Triennial report on the lunatic asylums in the province of Eastern Bengal and Assam - 1903-1911
Year: 1903
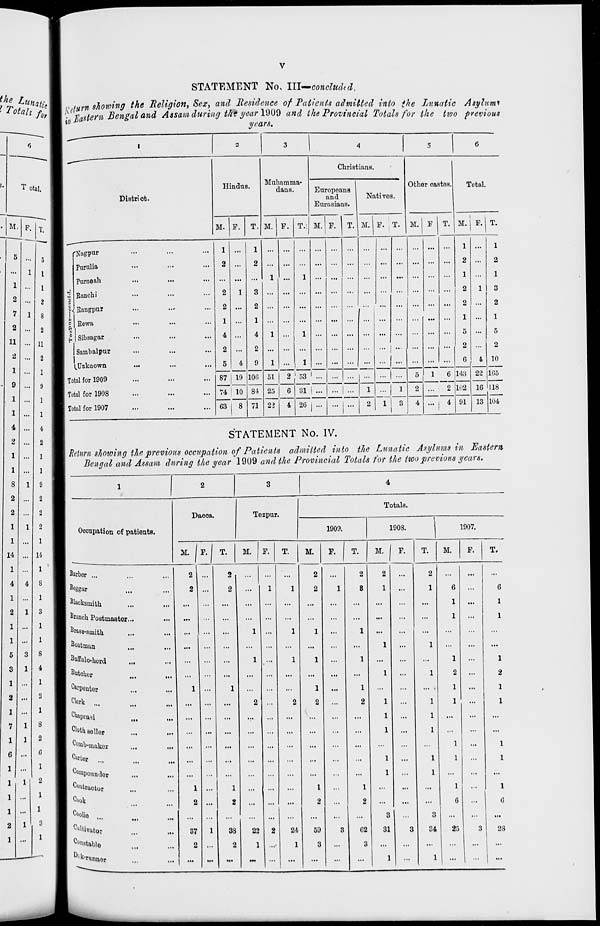
v
STATEMENT No. III—concluded.
Return showing the Religion, Sex, and Residence of Patients admitted into the Lunatic Asylums
in Eastern Bengal and Assam during the year 1909 and the Provincial Totals for the two previous
years.
1
District.
Tezpur—concld.
Nagpur ... ... ...
Purulia ... ... ...
Purneah ... ... ...
Ranchi ... ... ...
Rangpur ... ... ...
Rewa ... ... ...
Sibsagar ... ... ...
Sambalpur ... ... ...
Unknown ... ... ...
Total for 1909 ... ... ...
Total for 1908 ... ... ...
Total for 1907 ... ... ...
2
Hindus.
M.
1
2
...
2
2
1
4
2
5
87
74
63
F.
...
...
...
1
...
...
...
...
4
19
10
8
T.
1
2
...
3
2
1
4
2
9
106
84
71
3
Muhamma-
dans.
M.
...
...
1
...
...
...
1
...
1
51
25
22
F.
...
...
...
...
...
...
...
...
...
2
6
4
T.
...
...
1
...
...
...
1
...
1
53
31
26
4
Christians.
Europeans
and
Eurasians.
M.
...
...
...
...
...
...
...
...
...
...
...
...
F.
...
...
...
...
...
...
...
...
...
...
...
...
T.
...
...
...
...
...
...
...
...
...
...
...
...
Natives.
M.
...
...
...
...
...
...
...
...
...
...
1
2
F.
...
...
...
...
...
...
...
...
...
...
...
1
T.
...
...
...
...
...
...
...
...
...
...
1
3
5
Other castes.
M.
...
...
...
...
...
...
...
...
...
5
2
4
F.
...
...
...
...
...
...
...
...
...
1
...
...
T.
...
...
...
...
...
...
...
...
...
6
2
4
6
Total.
M.
1
2
1
2
2
1
5
2
6
143
102
91
F.
...
...
...
1
...
...
...
...
4
22
16
13
T.
1
2
1
3
2
1
5
2
10
165
118
104
STATEMENT No. IV.
Return showing the previous occupation of Patients admitted into the Lunatic Asylums in Eastern
Bengal and Assam during the year 1909 and the Provincial Totals for the two previous years.
1
Occupation of patients.
Barber ... ... ...
Beggar ... ...
Blacksmith ... ...
Branch Postmaster ... ...
Brass-smith ... ...
Boatman ... ...
Buffalo-herd ... ...
Butcher
...
...
Carpenter ... ...
Clerk
...
...
...
Chaprasi ...
...
Cloth seller ... ...
Comb-maker ... ...
Carter
...
...
...
Compounder ... ...
Contractor ... ...
Cook ... ...
Coolie
...
...
...
Cultivator ... ...
Constable ... ...
Dak-runner ... ...
2
Dacca.
M.
2
2
...
...
...
...
...
...
1
...
...
...
...
...
...
1
2
...
37
2
...
F.
...
...
...
...
...
...
...
...
...
...
...
...
...
...
...
...
...
...
1
...
...
T.
2
2
...
...
...
...
...
...
1
...
...
...
...
...
...
1
2
...
38
2
...
3
Tezpur.
M.
...
...
...
...
1
...
1
...
...
2
...
...
...
...
...
...
...
...
22
1
...
F.
...
1
...
...
...
...
...
...
...
...
...
...
...
...
...
...
...
...
2
...
...
T.
...
1
...
...
1
...
1
...
...
2
...
...
...
...
...
...
...
...
24
1
...
4
Totals.
1909.
M.
2
2
...
...
1
...
1
...
1
2
...
...
...
...
...
1
2
...
59
3
...
F.
...
1
...
...
...
...
...
...
...
...
...
...
...
...
...
...
...
...
3
...
...
T.
2
3
...
...
1
...
1
1
2
...
...
...
...
...
1
2
...
62
3
...
1908.
M.
2
1
...
...
...
1
...
1
...
1
1
1
...
1
1
...
...
3
31
...
1
F.
...
...
...
...
...
...
...
...
...
...
...
...
...
...
...
...
...
...
3
...
...
T.
2
1
...
...
...
1
...
1
...
1
1
1
...
1
1
...
...
3
34
...
1
1907.
M.
...
6
1
1
...
...
1
2
1
1
...
...
1
1
...
1
6
...
25
...
...
F.
...
...
...
...
...
...
...
...
...
...
...
...
...
...
...
...
...
...
3
...
...
T.
...
6
1
1
...
...
1
2
1
1
...
...
1
1
...
1
6
...
28
...
...